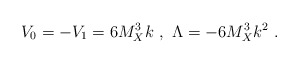
\begin{align*}V_{0} = - V_{1} = 6 M_X^3 k~,~ \Lambda = - 6 M_X^3 k^2~.~\,\end{align*}